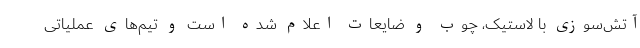
آتش‌سوزی با لاستیک، چوب و ضایعات اعلام شده است و تیم‌های عملیاتی